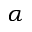
\alpha